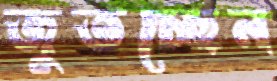
জুতচ্ছেন